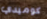
كوميدي